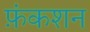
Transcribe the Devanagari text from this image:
फ़ंकशन